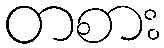
တစား